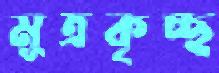
মূত্রকৃচ্ছ